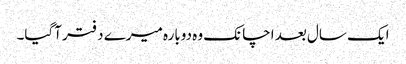
ایک سال بعد اچانک وہ دوبارہ میرے دفتر آگیا۔